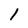
Character: l